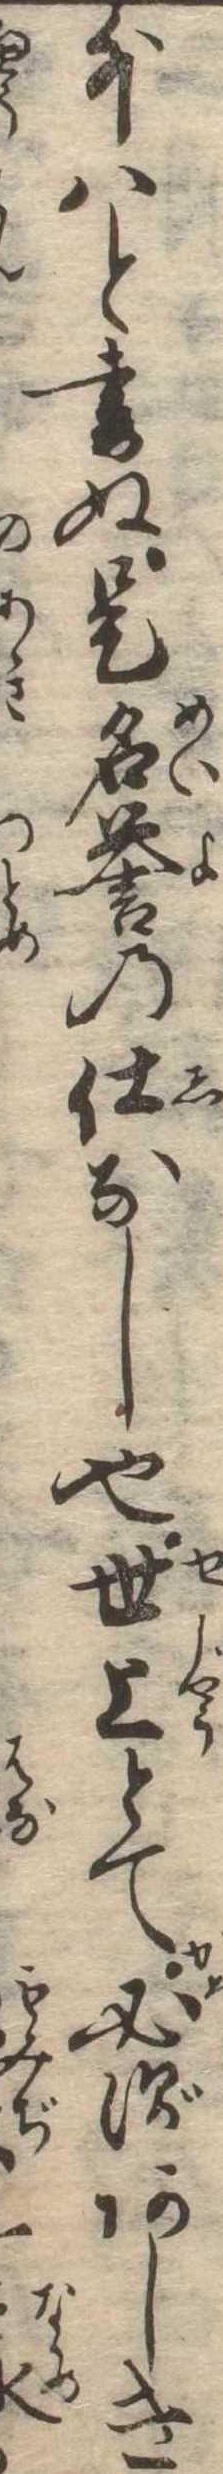
外はと書ぬ是名誉の仕なし也世上とて必ずあしき